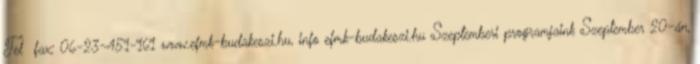
Tel fax: 06-23-451-161 www.efmk-budakeszi.hu, info efmk-budakeszi.hu Szeptemberi programjaink Szeptember 20-án,